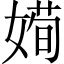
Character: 𡟱